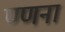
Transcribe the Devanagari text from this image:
ण्णना